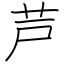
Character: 芦